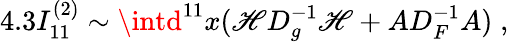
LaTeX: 4.3I_{11}^{(2)}\sim\intd^{11}x(\mathscr{H}D_{g}^{-1}\mathscr{H}+AD_{F}^{-1}A)\; ,